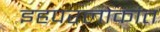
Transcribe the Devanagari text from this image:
इहपरलोकांत